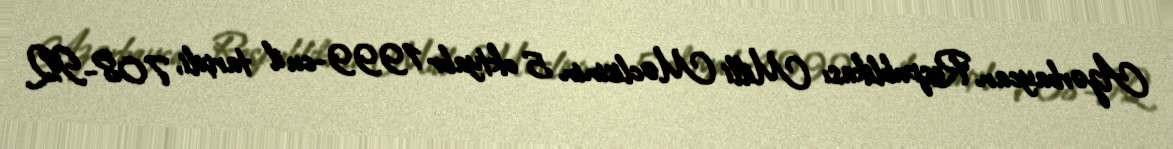
Azərbaycan Respublikası Milli Məclisinin 5 oktyabr 1999-cu il tarixli, 708-IQ